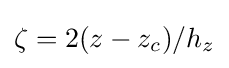
\zeta =2(z-z_{c})/h_{z}